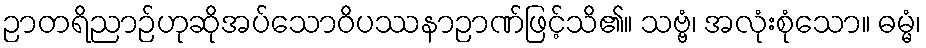
ဉာတရိညာဉ်ဟုဆိုအပ်သောဝိပဿနာဉာဏ်ဖြင့်သိ၏။ သဗ္ဗံ၊ အလုံးစုံသော။ ဓမ္မံ၊